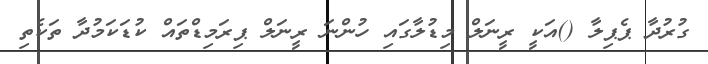
ގުރުދާ ޕެޕިލާ ()އަކީ ރީނަލް މިޑުލާގައި ހުންނަ ރީނަލް ޕިރަމިޑްތައް ކުޑަކަމުދާ ތަކެތި